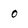
Character: 0